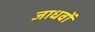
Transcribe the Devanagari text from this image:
जाधवों